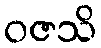
ဝဇသိ